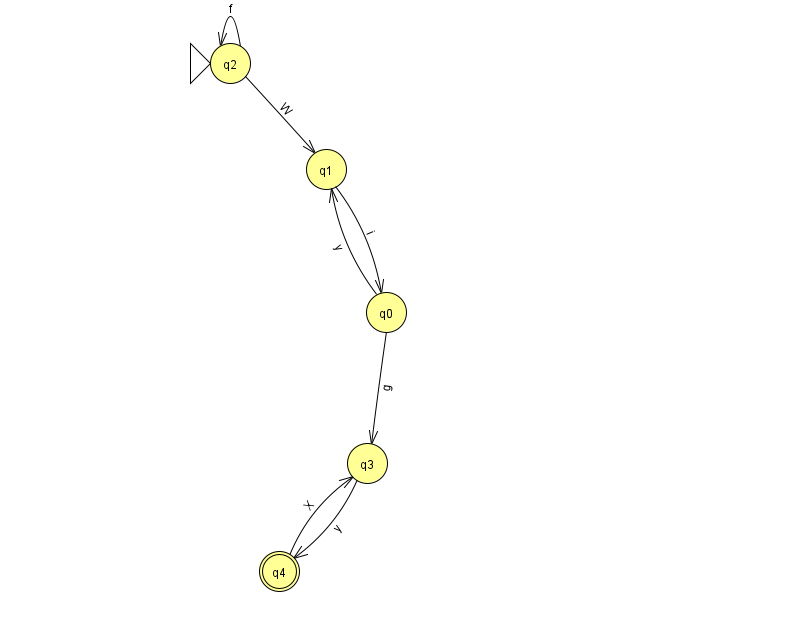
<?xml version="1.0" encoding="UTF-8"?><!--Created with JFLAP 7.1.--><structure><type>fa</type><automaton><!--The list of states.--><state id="0" name="q0"><x>386.0</x><y>299.0</y></state><state id="1" name="q1"><x>326.0</x><y>156.0</y></state><state id="2" name="q2"><x>230.0</x><y>50.0</y><initial/></state><state id="3" name="q3"><x>367.0</x><y>450.0</y></state><state id="4" name="q4"><x>279.0</x><y>558.0</y><final/></state><!--The list of transitions.--><transition><from>2</from><to>1</to><read>W</read></transition><transition><from>0</from><to>1</to><read>y</read></transition><transition><from>1</from><to>0</to><read>i</read></transition><transition><from>3</from><to>4</to><read>y</read></transition><transition><from>4</from><to>3</to><read>X</read></transition><transition><from>2</from><to>2</to><read>f</read></transition><transition><from>0</from><to>3</to><read>g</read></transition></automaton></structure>